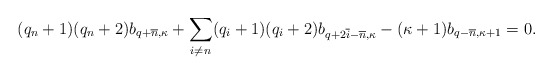
\begin{align*}(q_n +1) (q_n +2) b_{q+ \overline{n},\kappa} + \sum_{i \neq n} (q_i + 1) (q_i + 2) b_{q+ 2 \overline{i} - \overline n,\kappa} - (\kappa+1) b_{q- \overline{n}, \kappa+1} = 0.\end{align*}